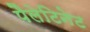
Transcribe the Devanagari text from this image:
पैलेटिनेट